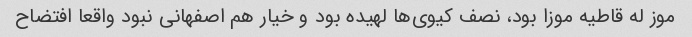
موز له قاطیه موزا بود، نصف کیوی‌ها لهیده بود و خیار هم اصفهانی نبود واقعا افتضاح